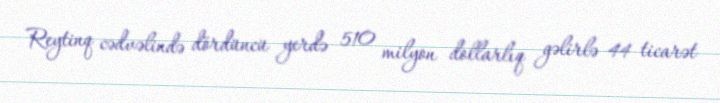
Reytinq cədvəlində dördüncü yerdə 510 milyon dollarlıq gəlirlə 44 ticarət